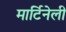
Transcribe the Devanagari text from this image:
मार्टिनेली